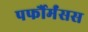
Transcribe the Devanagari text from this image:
पर्फौर्मंसस